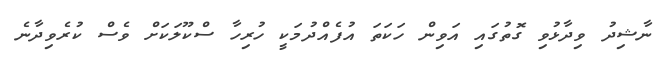
ނާޝިދު ވިދާޅުވި ގޮތުގައި އަވިން ހަކަތަ އުފެއްދުމަކީ ހުރިހާ ސްކޫލަކަށް ވެސް ކުރެވިދާނެ